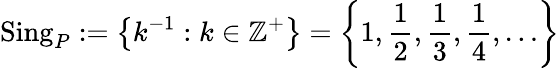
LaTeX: \operatorname{Sing}_{P}:=\left\{ k^{-1}:k\in\mathbb{Z}^{+}\right\} =\left\{ 1,{\frac{1}{2}},{\frac{1}{3}},{\frac{1}{4}},\ldots\right\}